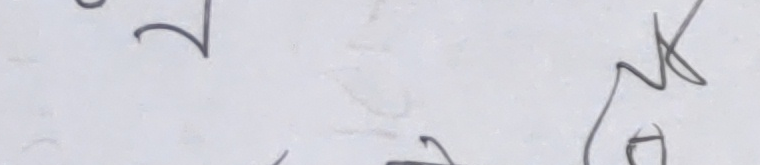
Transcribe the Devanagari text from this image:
तर